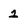
Character: 1